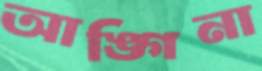
আঙ্গিনা